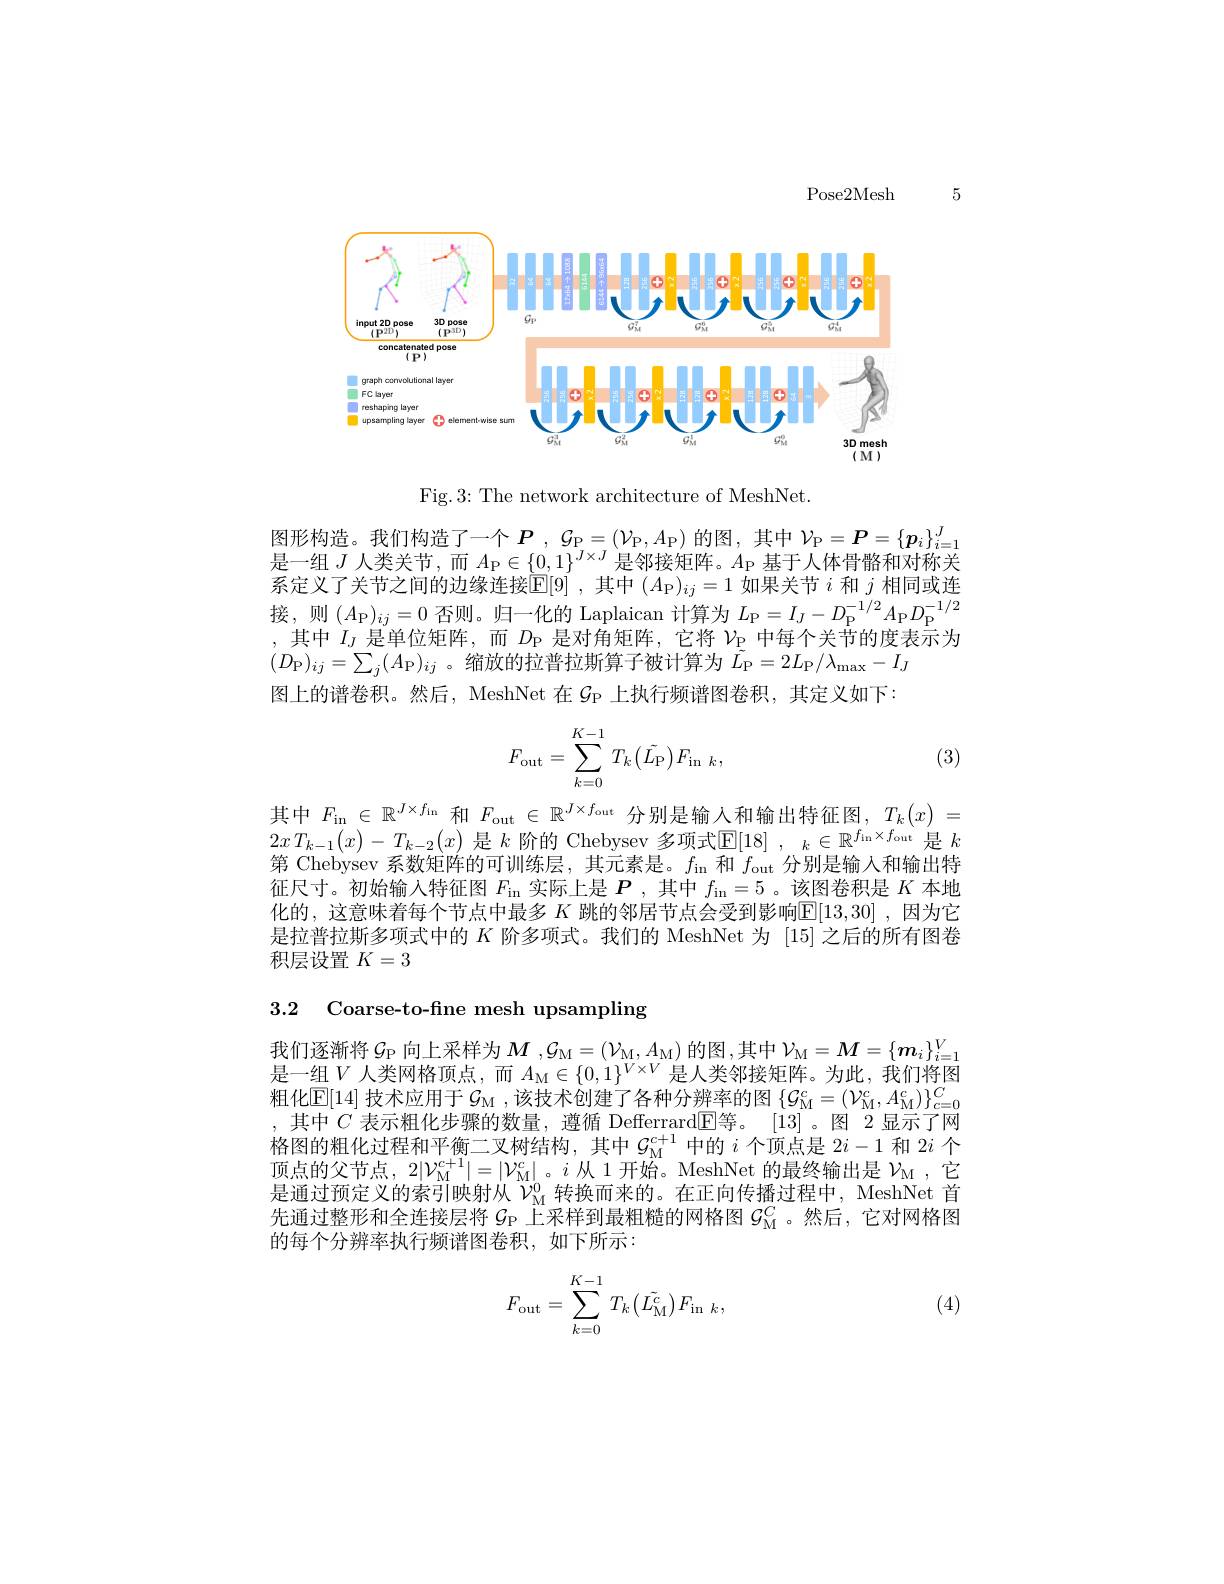
Pose2Mesh

5

<FigureHere>

Fig.3: The network architecture of MeshNet.

图形构造。我们构造了一个$P,\mathcal{G}_{\mathrm{P}}=\left(\mathcal{V}_{\mathrm{P}},A_{\mathrm{P}}\right)$的图，其中$\mathcal{V}_\mathrm{P}=\boldsymbol{P}=\left\{\boldsymbol{p}_i\right\}_{i=1}^J$ 是一组$J$人类关节，而$A_{\mathrm{P}}\in\{0,1\}^{J\times J}$是邻接矩阵。$A_{\mathrm{P}}$基于人体骨骼和对称关系定义了关节之间的边缘连接$\overset{[\mathrm{E}]}{\operatorname*{\operatorname*{\operatorname*{E}}}}[9]$,其中$(A_{\mathrm{P}})_{ij}=1$如果关节$i$和$j$相同或连$\text{求 几 个 人 }_{\mathrm{P} }( A_{\mathrm{P} }) _{ij}= 0$ 否 则 。归 一 化 的 Laplaican 计 算 为 $L_{\mathrm{P} }= I_{J}- D_{\mathrm{P} }^{- 1/ 2}A_{\mathrm{P} }D_{\mathrm{P} }^{- 1/ 2}$ ,其 中 $I_{J}$ 是 单 位 矩 阵 , 而 $D_{\mathrm{P} }$ 是 对 角 矩 阵 , 它 将 $\nu _{\mathrm{P} }$ 中 每 个 关 节 的 度 表 示 为$(D_{\mathrm{P}})_{ij}=\sum_{j}(A_{\mathrm{P}})_{ij}$ 。缩放的拉普拉斯算子被计算为$\tilde{L}_{\mathrm{P}}=2L_{\mathrm{P}}/\lambda_{\mathrm{max}}-I_{J}$
图上的谱卷积。然后，MeshNet 在$\mathcal{G}_\mathrm{P}$上执行频谱图卷积，其定义如下：
$$F_{\mathrm{out}}=\sum\limits_{k=0}^{K-1}T_{k}\big(\tilde{L_{\mathrm{P}}}\big)F_{\mathrm{in}\:k},$$
(3)

其中$F_\mathrm{in}\in\mathbb{R}^{J\times f_\mathrm{in}}$和$F_\mathrm{out}\in\mathbb{R}^{J\times f_\mathrm{out}}$分别是输入和输出特征图，$T_k(x)=$ $2xT_{k-1}(x)-T_{k-2}(x)$ 是$k$ 阶的 Chebysev 多项式$\mathbb{E} [ 18] , _k\in \mathbb{R} ^{f_{\mathrm{in}}\times f_{\mathrm{out}}}$ 是 $k$ 第 Chebysev 系数矩阵的可训练层，其元素是。$f_\mathrm{in}$和$f_\mathrm{out}$分别是输入和输出特征尺寸。初始输入特征图$F_\mathrm{in}$实际上是$P$ ,其中$f_\mathrm{in}=5$ 。该图卷积是$K$本地化的，这意味着每个节点中最多$K$跳的邻居节点会受到影响$\mathbb{E}[13,30]$,因为它是拉普拉斯多项式中的$K$阶多项式。我们的 MeshNet 为 [15]之后的所有图卷积层设置$K=3$

3.2 Coarse-to-fine mesh upsampling

我们逐渐将$\mathcal{G}_\mathrm{P}$ 向上采样为$M,\mathcal{G}_\mathrm{M}=\left(\mathcal{V}_\mathrm{M},A_\mathrm{M}\right)$的图，其中$\mathcal{V}_\mathrm{M}=M=\left\{\boldsymbol{m}_i\right\}_{i=1}^V$ 是一组$V$人类网格顶点，而$A_{\mathrm{M}}\in\{0,1\}^{V\times V}$是人类邻接矩阵。为此，我们将图粗化$\overline{\mathrm{E}}[14]$技术应用于$\mathcal{G}_\mathrm{M}$ ,该技术创建了各种分辨率的图$\{\mathcal{G}_\mathrm{M}^c=(\mathcal{V}_\mathrm{M}^c,A_\mathrm{M}^c)\}_{c=0}^C$ ,其中$C$ 表示粗化步骤的数量，遵循 Defferrard$\mathbb{E}$等。[13]。图 2显示了网格图的粗化过程和平衡二叉树结构，其中$\mathcal{G}_\mathrm{M}^{c+1}$中的$i$个顶点是$2i-1$和 2$i$个顶点的父节点，$2|\mathcal{V}_{\mathrm{M}}^{c+1}|=|\mathcal{V}_{\mathrm{M}}^{c}|$。$i$从 1 开始。MeshNet 的最终输出是$\mathcal{V}_{\mathrm{M}}$ ,它是通过预定义的索引映射从$\mathcal{V}_\mathrm{M}^{0}$转换而来的。在正向传播过程中，MeshNet 首先通过整形和全连接层将$G_\mathrm{P}$上采样到最粗糙的网格图$G_\mathrm{M}^C$ 。然后，它对网格图的每个分辨率执行频谱图卷积，如下所示：
$$F_{\mathrm{out}}=\sum_{k=0}^{K-1}T_{k}\left(\tilde{L_{\mathrm{M}}^{c}}\right)F_{\mathrm{in}\:k},$$
(4)